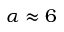
\alpha \approx 6